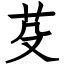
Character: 芟